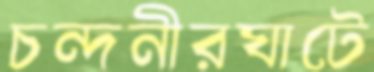
চন্দনীরঘাটে